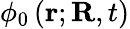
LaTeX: \phi_{0}\left(\mathbf{r};\mathbf{R},t\right)